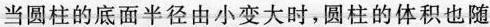
当圆柱的底面半径由小变大时，圆柱的体积也随